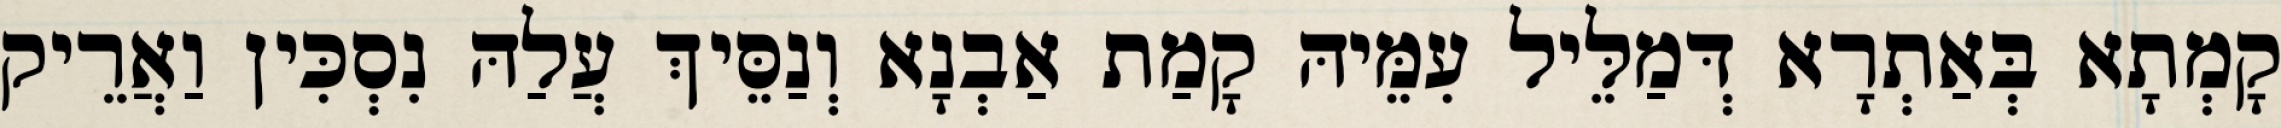
קָמְתָא בְּאַתְרָא דְּמַלֵּיל עִמֵּיהּ קָמַת אַבְנָא וְנַסֵּיךְ עֲלַהּ נִסְכִּין וַאֲרֵיק